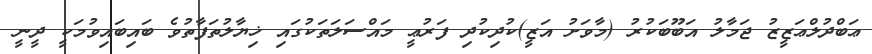
ޢަބްދުލްޢަޒީޒު ޖަމާލު އަބޫބަކުރު (މާވަށު އަޒީ)ކުދިކުދި ފަރުޢީ މައްސަލަތަކުގައި ޚިޔާލުތަފާތުވެ ބައިބައިވުމަކީ ދީނީ